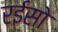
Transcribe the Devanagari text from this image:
रईसो